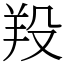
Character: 羖